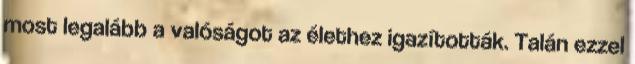
most legalább a valóságot az élethez igazították. Talán ezzel